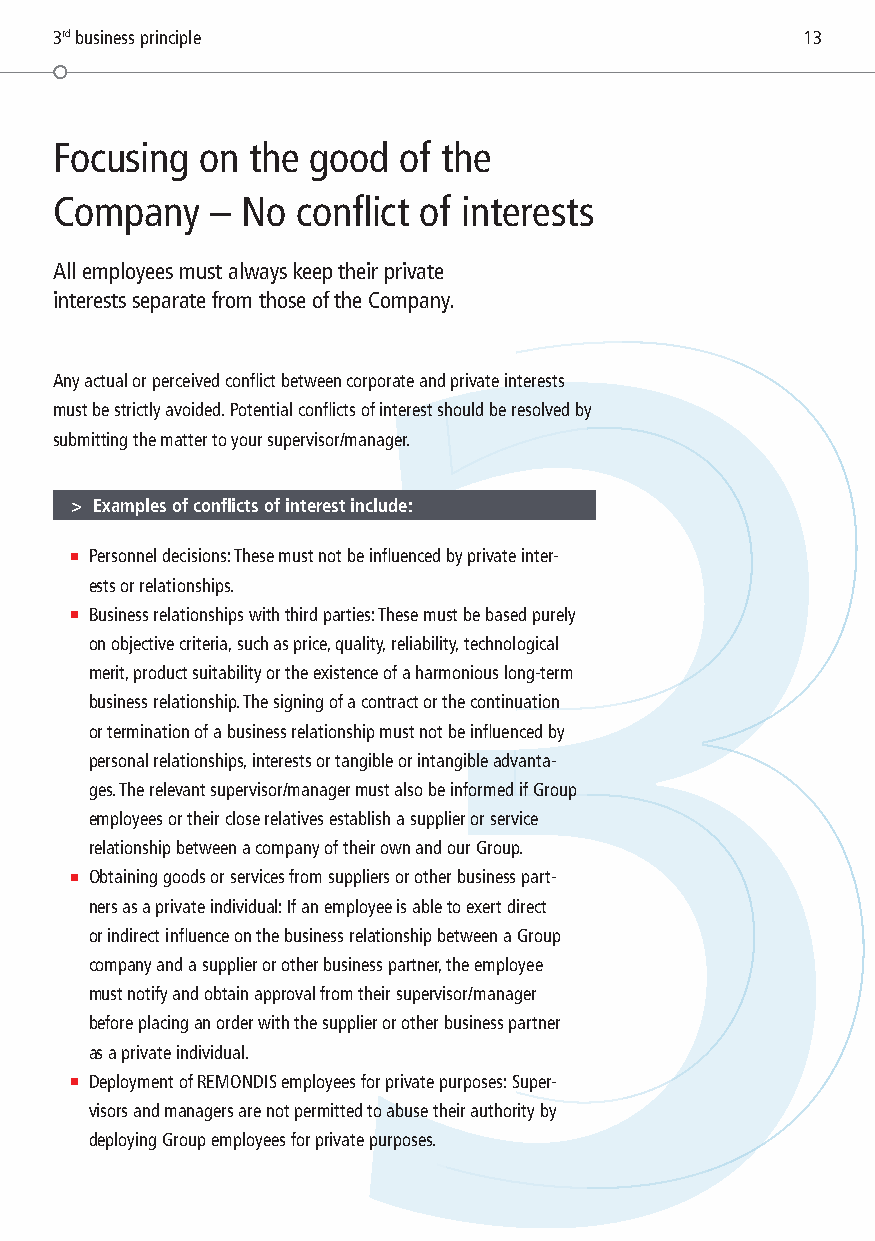
3rd business principle                           13
 Focusing on  the good of the
 Company   – No  conflict of interests
 All employees must always keep their private
 interests separate from those of the Company.
 3
 Any actual or perceived conflict between corporate and private interests
 must be strictly avoided. Potential conflicts of interest should be resolved by
 submitting the matter to your supervisor/manager.
 > Examples of conflicts of interest include:
 ■ Personnel decisions: These must not be influenced by private inter-
 ests or relationships.
 ■ Business relationships with third parties: These must be based purely
 on objective criteria, such as price, quality, reliability, technological
 merit, product suitability or the existence of a harmonious long-term
 business relationship. The signing of a contract or the continuation
 or termination of a business relationship must not be influenced by
 personal relationships, interests or tangible or intangible advanta-
 ges. The relevant supervisor/manager must also be informed if Group
 employees or their close relatives establish a supplier or service
 relationship between a company of their own and our Group.
 ■ Obtaining goods or services from suppliers or other business part-
 ners as a private individual: If an employee is able to exert direct
 or indirect influence on the business relationship between a Group
 company and a supplier or other business partner, the employee
 must notify and obtain approval from their supervisor/manager
 before placing an order with the supplier or other business partner
 as a private individual.
 ■ Deployment of REMONDIS employees for private purposes: Super-
 visors and managers are not permitted to abuse their authority by
 deploying Group employees for private purposes.